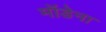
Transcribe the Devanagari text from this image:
मॉडेना